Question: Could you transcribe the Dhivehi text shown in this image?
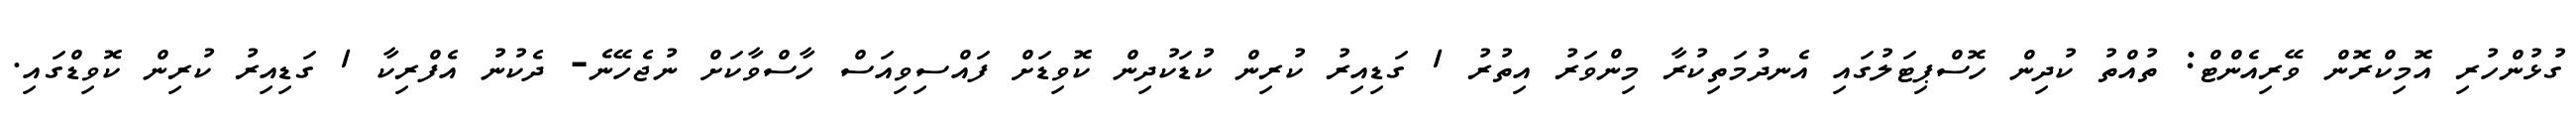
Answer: ގުޅުންހުރި އޮމިކްރޮން ވޭރިއެންޓް: ތުއްތު ކުދިން ހޮސްޕިޓަލުގައި އެނދުމަތިކުރާ މިންވަރު އިތުރު 1 ގަޑިއިރު ކުރިން ކުޑަކުދިން ކޮވިޑަށް ފައްސިވިއަސް ހާސްވާކަށް ނުޖެހޭނެ- ދެކުނު އެފްރިކާ 1 ގަޑިއިރު ކުރިން ކޮވިޑްގައި.